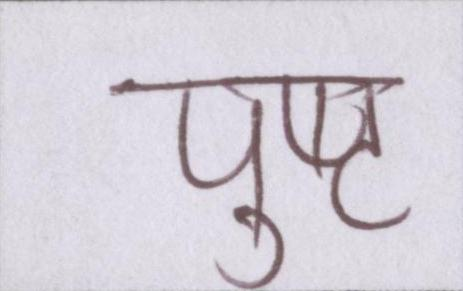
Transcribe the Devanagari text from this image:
पुष्ट